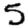
Digit: 5